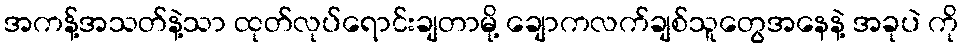
အကန့်အသတ်နဲ့သာ ထုတ်လုပ်ရောင်းချတာမို့ ချောကလက်ချစ်သူတွေအနေနဲ့ အခုပဲ ကို